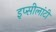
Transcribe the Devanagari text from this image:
इप्सीलांटी